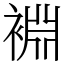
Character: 裫